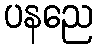
ပနညေ